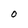
Character: O